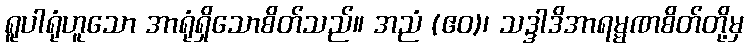
ရူပါရုံဟူသော အာရုံရှိသောစိတ်သည်။ အညံ (ဧဝ)၊ သဒ္ဒါဒိအာရမ္မဏစိတ်တို့မှ